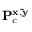
\mathbf { P } _ { c } ^ { \bf { x } , \tilde { \bf { y } } }